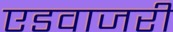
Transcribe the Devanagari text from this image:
एडवाजरी